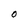
Character: O